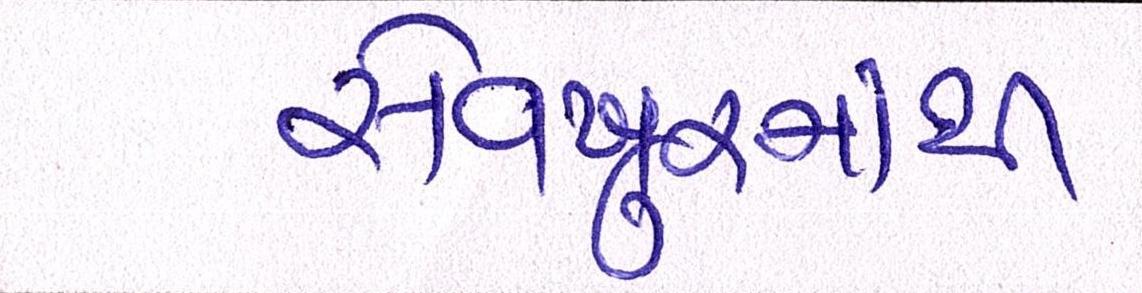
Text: સેવખુરમાંથી